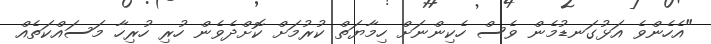
"އެހެންވެ އަޅުގަނޑުމެން ވެސް ހެކިންނަށް ހިމާޔަތް ކުރުމަށް ކޮށްދެވެން ހުރި ހުރިހާ މަސައްކަތެއް